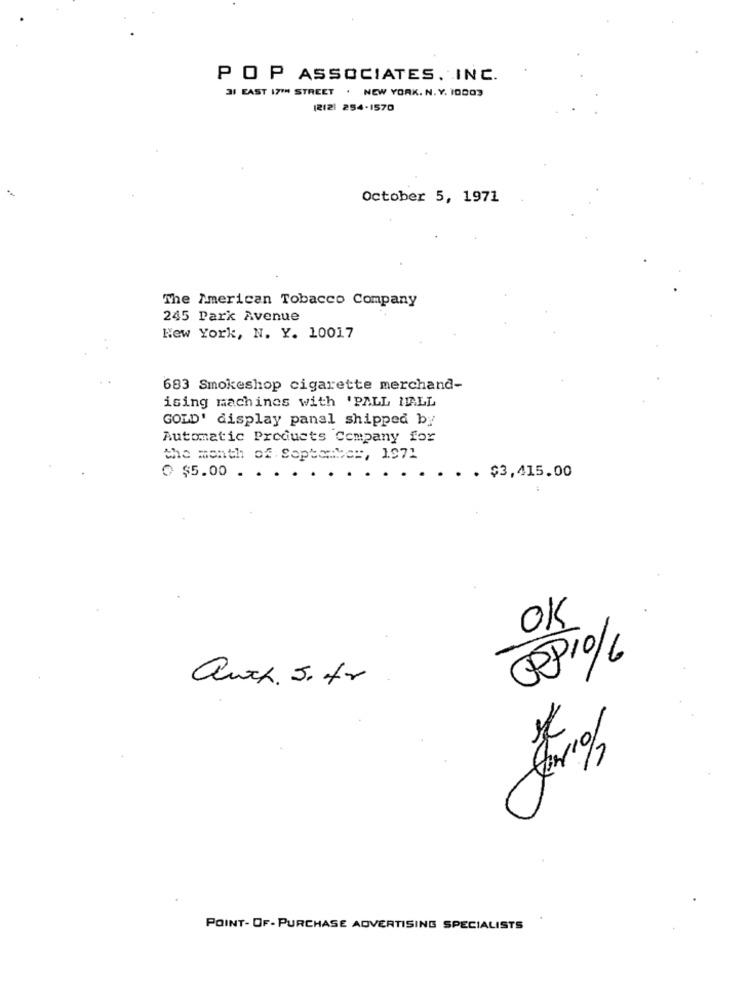
POP ASSOCIATES, INC.
31 EAST 17TH STREET . NEW YORK. N. Y. 10003
1212) 254-1570
October 5, 1971
The American Tobacco Company
245 Park Avenue
New York, N. Y. 10017
683 Smokeshop cigarette merchand-
ising machines with 'PALL MALL
GOLD' display panal shipped by
Automatic Products Company for
the month of September, 1971
$5.00 .
. $3,415.00
OK
OPP1 / 6
auch. S.fr
POINT- OF - PURCHASE ADVERTISING SPECIALISTS